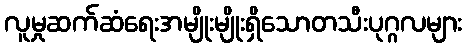
လူမှုဆက်ဆံရေးအမျိုးမျိုးရှိသောတသီးပုဂ္ဂလများ